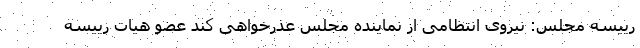
رییسه مجلس: نیروی انتظامی از نماینده مجلس عذرخواهی کند عضو هیات رییسه